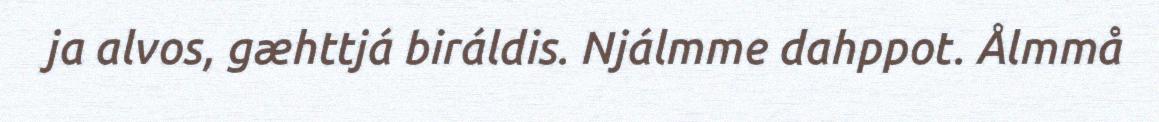
ja alvos, gæhttjá biráldis. Njálmme dahppot. Ålmmå